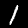
Label: 1